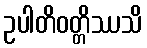
ဥပါတိဝတ္တိဿသိ